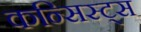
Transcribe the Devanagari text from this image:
कन्सिस्ट्स